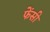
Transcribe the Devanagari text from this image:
फेंसी